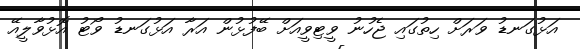
އަޅުގަނޑު ވަރަށް ހިތުގައި ޖެހުނު ވީޓިވީއަށް ބޭފުޅުން އަރާ އަޅުގަނޑު ވޯޓު އޮޅުވާލީއޭ